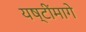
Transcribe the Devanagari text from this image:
यष्टींमागे